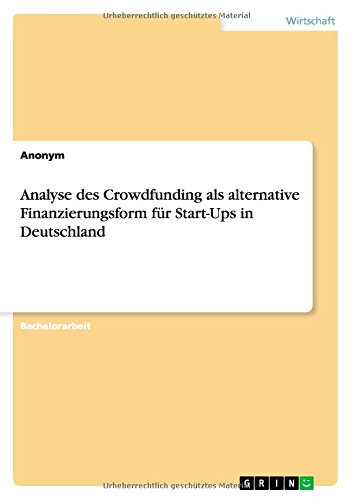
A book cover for Analyse Des Crowdfunding ALS Alternative Finanzierungsform Fur Start-Ups in Deutschland (German Edition); Anonym; Business & Money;